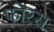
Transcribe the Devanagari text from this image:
फोरस